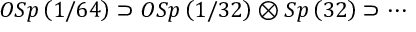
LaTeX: O S p \left( 1 / 6 4 \right) \supset O S p \left( 1 / 3 2 \right) \otimes S p \left( 3 2 \right) \supset \cdots